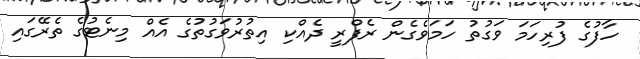
ހާފުގެ ފުރިހަމަ ވަގުތު ހަމަވެގެން ރެފްރީ ދެއްކި އިތުރުވަގުތުގެ އެއް މިނެޓުގެ ތެރޭގައި